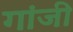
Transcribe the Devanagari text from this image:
गांजी